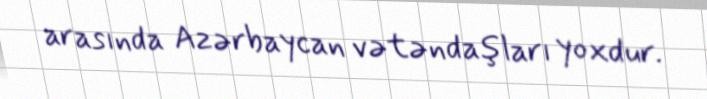
arasında Azərbaycan vətəndaşları yoxdur.